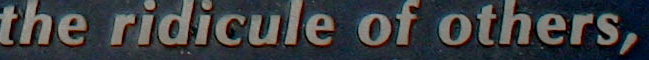
the ridicule of others,